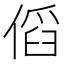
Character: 𠋯